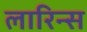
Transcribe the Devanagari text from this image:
लारिन्स